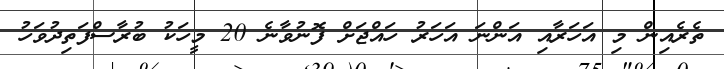
ތެރެއިން މި އަހަރާއި އަންނަ އަހަރު ހައްޖަށް ފޮނުވާނެ 20 މީހަކު ބުރާސްފަތިދުވަހު